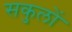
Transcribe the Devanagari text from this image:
सकुलों